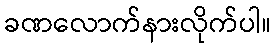
ခဏလောက်နားလိုက်ပါ။